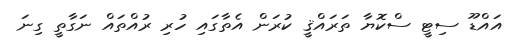
އައްޑޫ ސިޓީ ސްކޮޔާ ތަރައްޤީ ކުރަން އެތާގައި ހުރި ރުއްތައް ނަގާތީ ގިނަ